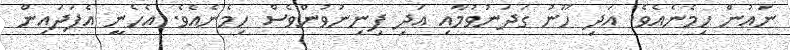
ނައުން ހިމެނެއެވެ. އަދި ހޫނު ގަދަނުވުމާއި އަދި ފިނިނުވުންވެސް ހިމެނެއެވެ. އެހެނީ އެފަދައިން